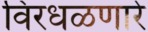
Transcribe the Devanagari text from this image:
विरधळणारे